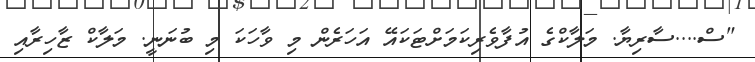
"ސް....ސާރިޔާ. މަލާކްގެ އުފާވެރިކަމަށްޓަކައޭ އަހަރެން މި ވާހަކަ މި ބުނަނީ. މަލާކް ޒާހިރާއި